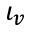
\iota _ { v }